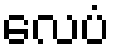
လေပံ